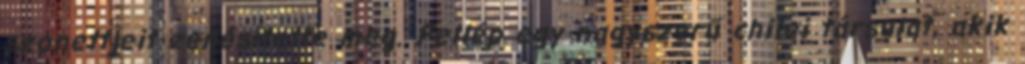
szonettjeit zenésítette meg. Fellép egy nagyszerű chilei társulat, akik